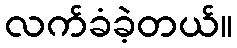
လက်ခံခဲ့တယ်။